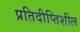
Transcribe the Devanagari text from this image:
प्रतिदीप्तिशील